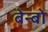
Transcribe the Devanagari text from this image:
बेन्बो